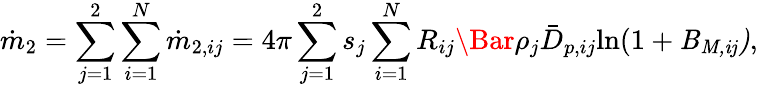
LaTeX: \dot{m}_{2}=\sum_{j=1}^{2}\sum_{i=1}^{N}\dot{m}_{2,ij}=4\pi\sum_{j=1}^{2}s_{j}\sum_{i=1}^{N}R_{ij}\Bar{\rho_{j}}\bar{D}_{p,ij}\mathrm{{ln}(1+\mathit{B_{M,ij})},}